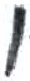
אות: צ